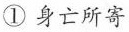
①身亡所寄